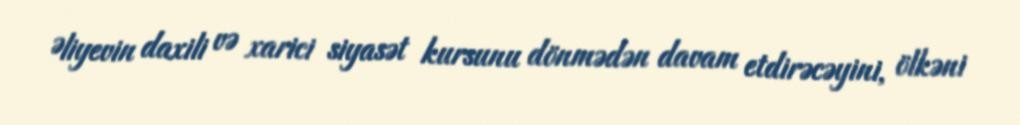
Əliyevin daxili və xarici siyasət kursunu dönmədən davam etdirəcəyini, ölkəni